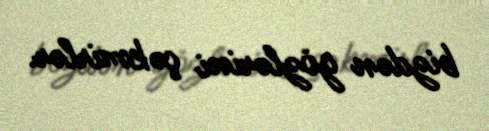
bizdən gözlərini çəkmirlər.